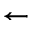
\leftarrow